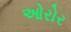
ઓરોર